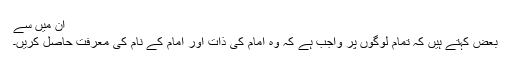
ان میں سے
بعض کہتے ہیں کہ تمام لوگوں پر واجب ہے کہ وہ امام کی ذات اور امام کے نام کی معرفت حاصل کریں۔